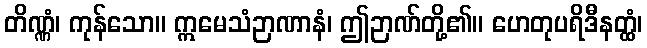
တိဏ္ဏံ၊ ကုန်သော။ ဣမေသံဉာဏာနံ၊ ဤဉာဏ်တို့၏။ ဟေတုပရိဒီနတ္ထံ၊